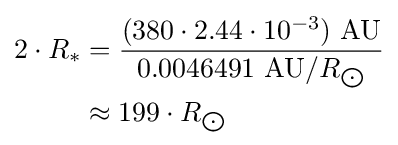
{\begin{aligned}2\cdot R_{*}&={\frac {(380\cdot 2.44\cdot 10^{-3})\ {\text{AU}}}{0.0046491\ {\text{AU}}/R_{\bigodot }}}\\&\approx 199\cdot R_{\bigodot }\end{aligned}}